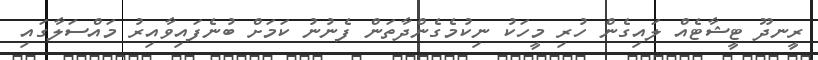
ރީނދޫ ޓީޝާޓެއް ލައިގެން ހުރި މީހަކު ނިކުމެގެންދާތަން ފެނުނު ކަމަށް ބުނެފައިވާއިރު މައްސަލާގައި